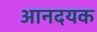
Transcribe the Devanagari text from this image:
आनदयक